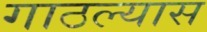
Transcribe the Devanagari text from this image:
गाठल्यास